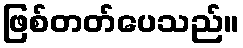
ဖြစ်တတ်ပေသည်။